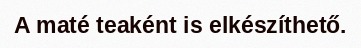
A maté teaként is elkészíthető.